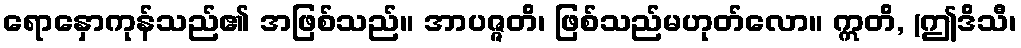
ရောနှောကုန်သည်၏ အဖြစ်သည်။ အာပဇ္ဇတိ၊ ဖြစ်သည်မဟုတ်လော။ ဣတိ, (ဤဒိသီ၊